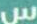
س